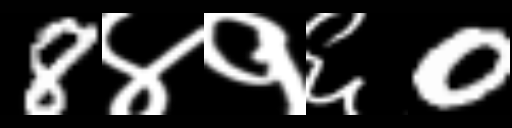
Text: 8४१६0